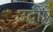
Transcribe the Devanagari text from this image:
उद्धीष्टे